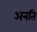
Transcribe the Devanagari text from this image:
अनति